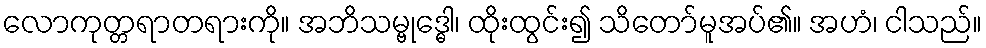
လောကုတ္တရာတရားကို။ အဘိသမ္ဗုဒ္ဓေါ၊ ထိုးထွင်း၍ သိတော်မူအပ်၏။ အဟံ၊ ငါသည်။